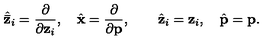
{ \hat { \bf { \bar { z } } } } _ { i } = \frac { \partial } { \partial { \bf z } _ { i } } , \quad { \hat { \bf x } } = \frac { \partial } { \partial { \bf p } } , \quad \quad { \hat { \bf { z } } } _ { i } = { \bf z } _ { i } , \quad { \hat { \bf p } } = { \bf p } .